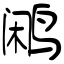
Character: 鹇